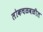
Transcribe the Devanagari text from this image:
लोकचळवळीत